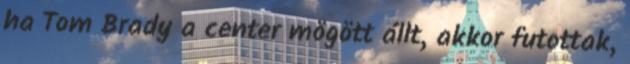
ha Tom Brady a center mögött állt, akkor futottak,